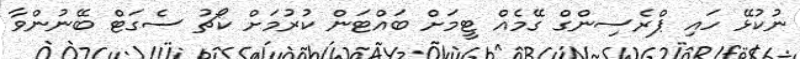
ނުކުޅޭ ހައި ޕްރެސިންގް ގޭމެއް ޓީމަށް ބައްޓަން ކުރުމަށް ކޯޗު ސެގަޓް ބޭނުންވާ